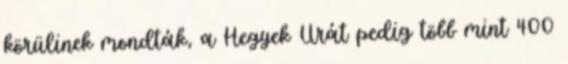
körülinek mondták, a Hegyek Urát pedig több mint 400